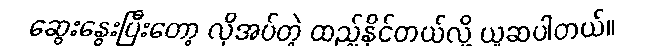
ဆွေးနွေးပြီးတော့ လိုအပ်တဲ့ ထည့်နိုင်တယ်လို့ ယူဆပါတယ်။